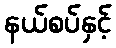
နယ်စပ်နှင့်